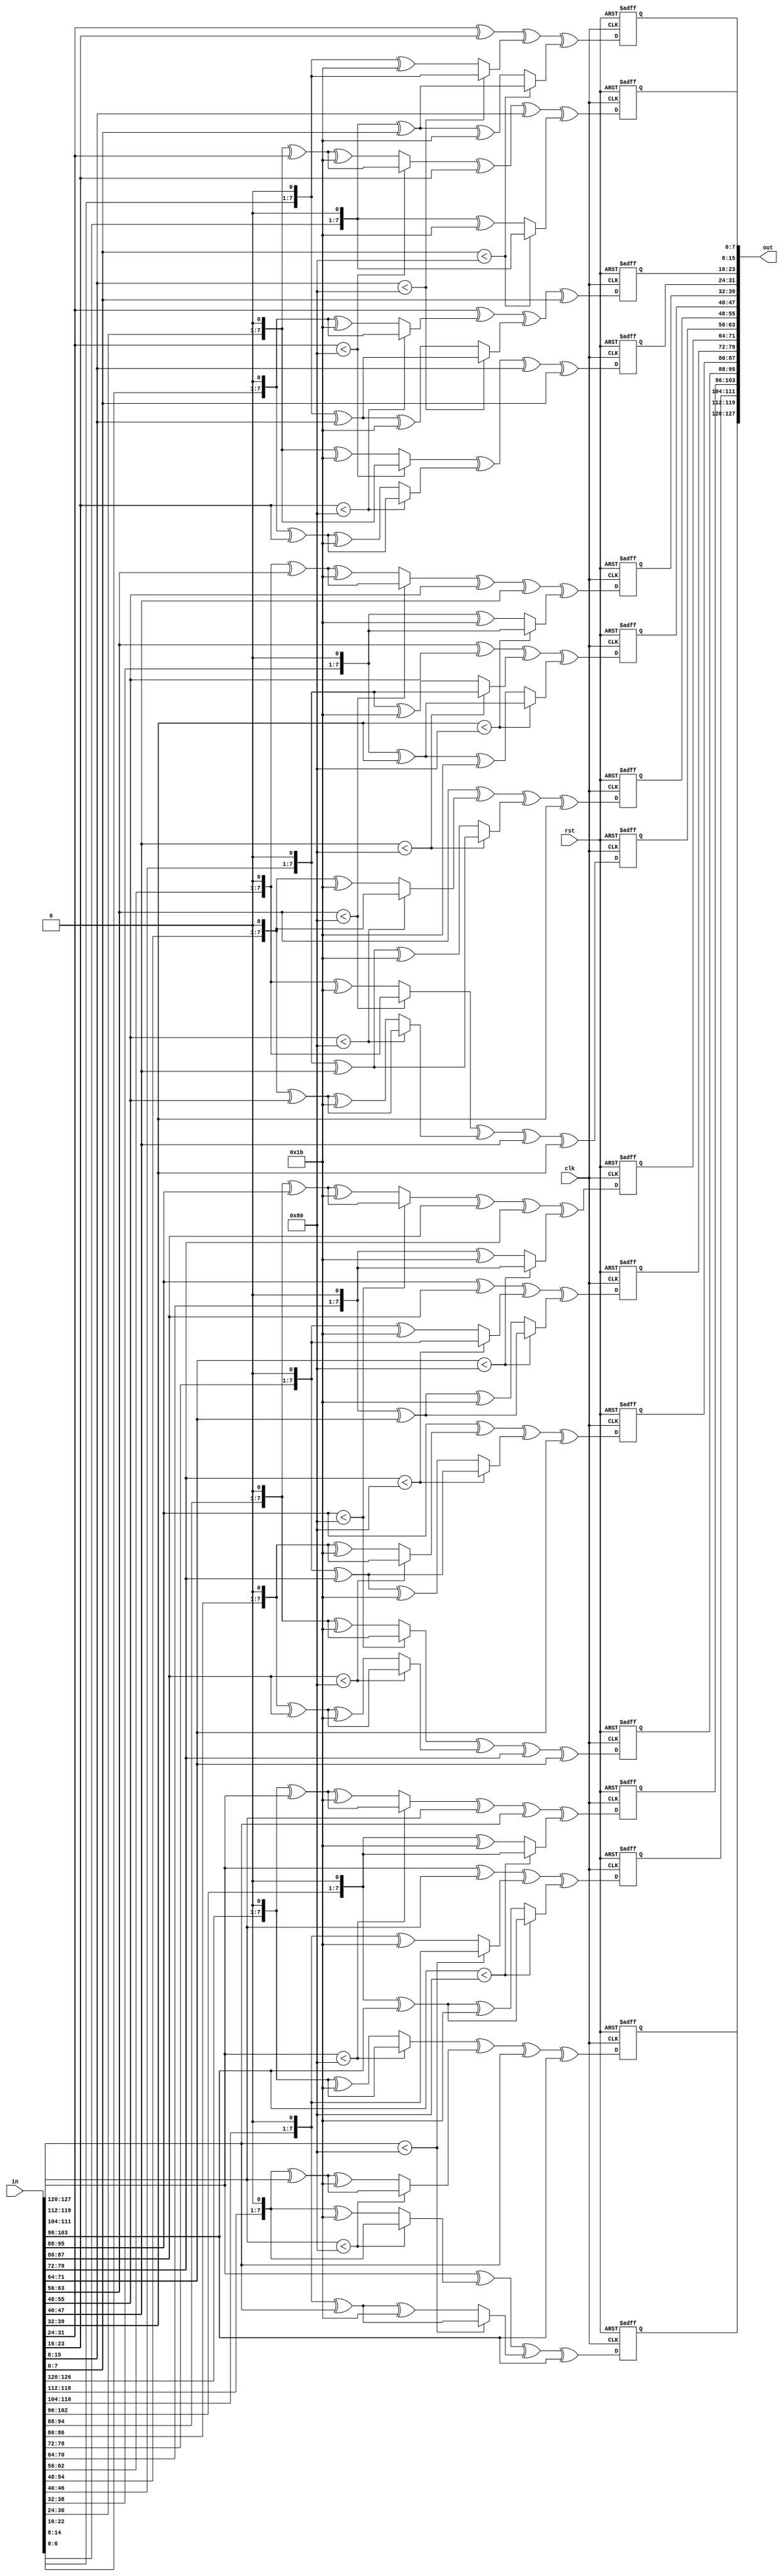
`timescale 1ns / 1ps

module mix_col(
    input [0:127] in,
    output [0:127] out,
    input clk,
    input rst
    );
   wire [0:7] a0,a1,a2,a3,a4,a5,a6,a7,a8,a9,a10,a11,a12,a13,a14,a15;
   reg [0:7] b0,b1,b2,b3,b4,b5,b6,b7,b8,b9,b10,b11,b12,b13,b14,b15;
   
   assign a0 = in[0+:8];
   assign a1 = in[8+:8];
   assign a2 = in[16+:8];
   assign a3 = in[24+:8];
   assign a4 = in[32+:8];
   assign a5 = in[40+:8];
   assign a6 = in[48+:8];
   assign a7 = in[56+:8];
   assign a8 = in[64+:8];
   assign a9 = in[72+:8];
   assign a10 = in[80+:8];
   assign a11 = in[88+:8];
   assign a12 = in[96+:8];
   assign a13 = in[104+:8];
   assign a14 = in[112+:8];
   assign a15 = in[120+:8];

  
always@(posedge clk , posedge rst) begin 
 if(rst) begin
    b0=8'h00;
    b1=8'h00;
    b2=8'h00;
    b3=8'h00;
    b4=8'h00;
    b5=8'h00;
    b6=8'h00;
    b7=8'h00;
    b8=8'h00;
    b9=8'h00;
    b10=8'h00;
    b11=8'h00;
    b12=8'h00;
    b13=8'h00;
    b14=8'h00; 
    b15=8'h00; 
 end
 else begin
    b0= mult(a0,2) ^ mult(a1,3) ^ mult(a2,1) ^ mult(a3,1);
    b1= mult(a0,1) ^ mult(a1,2) ^ mult(a2,3) ^ mult(a3,1);
    b2= mult(a0,1) ^ mult(a1,1) ^ mult(a2,2) ^ mult(a3,3);
    b3= mult(a0,3) ^ mult(a1,1) ^ mult(a2,1) ^ mult(a3,2);
    
    b4= mult(a4,2) ^ mult(a5,3) ^ mult(a6,1) ^ mult(a7,1);
    b5= mult(a4,1) ^ mult(a5,2) ^ mult(a6,3) ^ mult(a7,1);
    b6= mult(a4,1) ^ mult(a5,1) ^ mult(a6,2) ^ mult(a7,3);
    b7= mult(a4,3) ^ mult(a5,1) ^ mult(a6,1) ^ mult(a7,2);
    
    b8= mult(a8,2) ^ mult(a9,3) ^ mult(a10,1) ^ mult(a11,1);
    b9= mult(a8,1) ^ mult(a9,2) ^ mult(a10,3) ^ mult(a11,1);
    b10= mult(a8,1) ^ mult(a9,1) ^ mult(a10,2) ^ mult(a11,3);
    b11= mult(a8,3) ^ mult(a9,1) ^ mult(a10,1) ^ mult(a11,2);
    
    b12= mult(a12,2) ^ mult(a13,3) ^ mult(a14,1) ^ mult(a15,1);
    b13= mult(a12,1) ^ mult(a13,2) ^ mult(a14,3) ^ mult(a15,1);
    b14= mult(a12,1) ^ mult(a13,1) ^ mult(a14,2) ^ mult(a15,3);
    b15= mult(a12,3) ^ mult(a13,1) ^ mult(a14,1) ^ mult(a15,2);

 end
end

   assign out[0+:8] = b0;
   assign out[8+:8] = b1;
   assign out[16+:8]= b2;
   assign out[24+:8]= b3;
   assign out[32+:8]= b4;
   assign out[40+:8]= b5;
   assign out[48+:8]= b6;
   assign out[56+:8]= b7;
   assign out[64+:8]= b8;
   assign out[72+:8]= b9;
   assign out[80+:8]= b10;
   assign out[88+:8]= b11;
   assign out[96+:8]= b12;
   assign out[104+:8]=b13;
   assign out[112+:8]=b14;
   assign out[120+:8]=b15;
   
/*-------------------------------------------------------------------------*/
    function integer mult (input integer a , input integer b);
        if(b==1) begin
            mult = a;
        end
        else if(b==2) begin
            mult = (a < 8'h80)? (a << 1) : (a << 1) ^ 8'h1b ;
        end
        else if(b==3) begin
            mult = (a < 8'h80)? ((a << 1)^a) : (a << 1) ^ a ^ 8'h1b ;
        end
    endfunction
/*-------------------------------------------------------------------------*/
endmodule